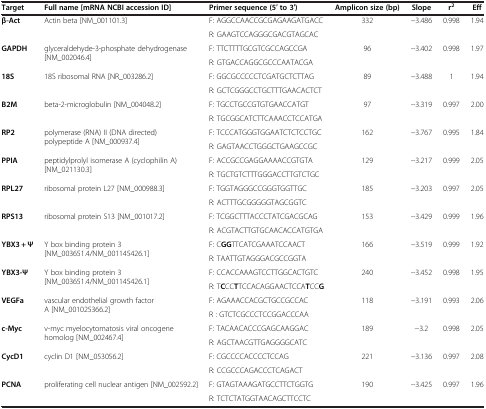
<table><thead><tr><td><b>Target</b></td><td><b>Full name [mRNA NCBI accession ID]</b></td><td><b>Primer sequence (5′ to 3′)</b></td><td><b>Amplicon size (bp)</b></td><td><b>Slope</b></td><td><b>r<sup>2</sup></b></td><td><b>Eff</b></td></tr></thead><tbody><tr><td rowspan="2"><b>β</b><b>-Act</b></td><td rowspan="2">Actin beta [NM_001101.3]</td><td>F: AGGCCAACCGCGAGAAGATGACC</td><td rowspan="2">332</td><td rowspan="2">-3.486</td><td rowspan="2">0.998</td><td rowspan="2">1.94</td></tr><tr><td>R: GAAGTCCAGGGCGACGTAGCAC</td></tr><tr><td rowspan="2"><b>GAPDH</b></td><td rowspan="2">glyceraldehyde-3-phosphate dehydrogenase [NM_002046.4]</td><td>F: TTCTTTTGCGTCGCCAGCCGA</td><td rowspan="2">96</td><td rowspan="2">-3.402</td><td rowspan="2">0.998</td><td rowspan="2">1.97</td></tr><tr><td>R: GTGACCAGGCGCCCAATACGA</td></tr><tr><td rowspan="2"><b>18S</b></td><td rowspan="2">18S ribosomal RNA [NR_003286.2]</td><td>F: GGCGCCCCCTCGATGCTCTTAG</td><td rowspan="2">89</td><td rowspan="2">-3.488</td><td rowspan="2">1</td><td rowspan="2">1.94</td></tr><tr><td>R: GCTCGGGCCTGCTTTGAACACTCT</td></tr><tr><td rowspan="2"><b>B2M</b></td><td rowspan="2">beta-2-microglobulin [NM_004048.2]</td><td>F: TGCCTGCCGTGTGAACCATGT</td><td rowspan="2">97</td><td rowspan="2">-3.319</td><td rowspan="2">0.997</td><td rowspan="2">2.00</td></tr><tr><td>R: TGCGGCATCTTCAAACCTCCATGA</td></tr><tr><td rowspan="2"><b>RP2</b></td><td rowspan="2">polymerase (RNA) II (DNA directed) polypeptide A [NM_000937.4]</td><td>F: TCCCATGGGTGGAATCTCTCCTGC</td><td rowspan="2">162</td><td rowspan="2">-3.767</td><td rowspan="2">0.995</td><td rowspan="2">1.84</td></tr><tr><td>R: GAGTAACCTGGGCTGAAGCCGC</td></tr><tr><td rowspan="2"><b>PPIA</b></td><td rowspan="2">peptidylprolyl isomerase A (cyclophilin A) [NM_021130.3]</td><td>F: ACCGCCGAGGAAAACCGTGTA</td><td rowspan="2">129</td><td rowspan="2">-3.217</td><td rowspan="2">0.999</td><td rowspan="2">2.05</td></tr><tr><td>R: TGCTGTCTTTGGGACCTTGTCTGC</td></tr><tr><td rowspan="2"><b>RPL27</b></td><td rowspan="2">ribosomal protein L27 [NM_000988.3]</td><td>F: TGGTAGGGCCGGGTGGTTGC</td><td rowspan="2">185</td><td rowspan="2">-3.203</td><td rowspan="2">0.997</td><td rowspan="2">2.05</td></tr><tr><td>R: ACTTTGCGGGGGTAGCGGTC</td></tr><tr><td rowspan="2"><b>RPS13</b></td><td rowspan="2">ribosomal protein S13 [NM_001017.2]</td><td>F: TCGGCTTTACCCTATCGACGCAG</td><td rowspan="2">153</td><td rowspan="2">-3.429</td><td rowspan="2">0.999</td><td rowspan="2">1.96</td></tr><tr><td>R: ACGTACTTGTGCAACACCATGTGA</td></tr><tr><td rowspan="2"><b>YBX3 +</b> <b>Ψ</b></td><td rowspan="2">Y box binding protein 3 [NM_003651.4/NM_001145426.1]</td><td>F: C<b>GG</b>TTCATCGAAATCCAACT</td><td rowspan="2">166</td><td rowspan="2">-3.519</td><td rowspan="2">0.999</td><td rowspan="2">1.92</td></tr><tr><td>R: TAATTGTAGGGACGCCGGTA</td></tr><tr><td rowspan="2"><b>YBX3-</b><b>Ψ</b></td><td rowspan="2">Y box binding protein 3 [NM_003651.4/NM_001145426.1]</td><td>F: CCACCAAAGTCCTTGGCACTGTC</td><td rowspan="2">240</td><td rowspan="2">-3.452</td><td rowspan="2">0.998</td><td rowspan="2">1.95</td></tr><tr><td>R: T<b>C</b>CC<b>T</b>TCCACAGGAACTCCA<b>T</b>CC<b>G</b></td></tr><tr><td rowspan="2"><b>VEGFa</b></td><td rowspan="2">vascular endothelial growth factor A [NM_001025366.2]</td><td>F: AGAAACCACGCTGCCGCCAC</td><td rowspan="2">118</td><td rowspan="2">-3.191</td><td rowspan="2">0.993</td><td rowspan="2">2.06</td></tr><tr><td>R : GTCTCGCCCTCCGGACCCAA</td></tr><tr><td rowspan="2"><b>c-Myc</b></td><td rowspan="2">v-myc myelocytomatosis viral oncogene homolog [NM_002467.4]</td><td>F: TACAACACCCGAGCAAGGAC</td><td rowspan="2">189</td><td rowspan="2">-3.2</td><td rowspan="2">0.998</td><td rowspan="2">2.05</td></tr><tr><td>R: AGCTAACGTTGAGGGGCATC</td></tr><tr><td rowspan="2"><b>CycD1</b></td><td rowspan="2">cyclin D1 [NM_053056.2]</td><td>F: CGCCCCACCCCTCCAG</td><td rowspan="2">221</td><td rowspan="2">-3.136</td><td rowspan="2">0.997</td><td rowspan="2">2.08</td></tr><tr><td>R: CCGCCCAGACCCTCAGACT</td></tr><tr><td rowspan="2"><b>PCNA</b></td><td rowspan="2">proliferating cell nuclear antigen [NM_002592.2]</td><td>F: GTAGTAAAGATGCCTTCTGGTG</td><td rowspan="2">190</td><td rowspan="2">-3.425</td><td rowspan="2">0.997</td><td rowspan="2">1.96</td></tr><tr><td>R: TCTCTATGGTAACAGCTTCCTC</td></tr></tbody></table>